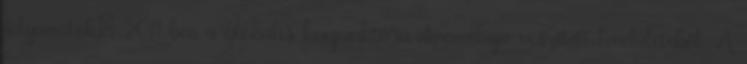
folyamatok¹ 2011-ben a globális konjunktúra dinamikája veszített lendületéből. A